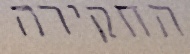
החקירה